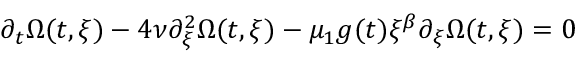
\partial _ { t } \Omega ( t , \xi ) - 4 \nu \partial _ { \xi } ^ { 2 } \Omega ( t , \xi ) - \mu _ { 1 } g ( t ) \xi ^ { \beta } \partial _ { \xi } \Omega ( t , \xi ) = 0